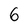
Character: 6